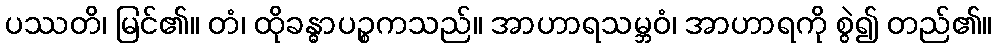
ပဿတိ၊ မြင်၏။ တံ၊ ထိုခန္ဓာပဉ္စကသည်။ အာဟာရသမ္ဘဝံ၊ အာဟာရကို စွဲ၍ တည်၏။